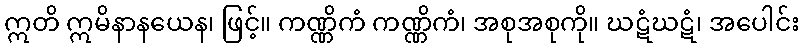
ဣတိ ဣမိနာနယေန၊ ဖြင့်။ ကဏ္ဏိကံ ကဏ္ဏိကံ၊ အစုအစုကို။ ဃဋံဃဋံ၊ အပေါင်း